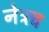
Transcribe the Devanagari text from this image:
नेत्र्त्व